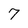
Character: 7